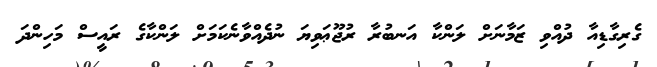
ގެރިގާޑިއާ ދުއްވި ޒަމާނަށް ލަންކާ އަނބުރާ ރުޖޫޢަވިޔަ ނުދެއްވާނެކަމަށް ލަންކާގެ ރައީސް މަހިންދަ